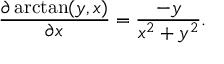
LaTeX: { \frac { \partial \arctan ( y , x ) } { \partial x } } = { \frac { - y } { x ^ { 2 } + y ^ { 2 } } } .